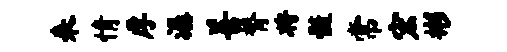
来情厚潺善膂将髓常宏彬